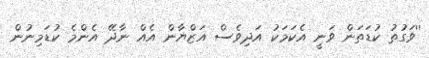
''ވަގުތު ކުޑަތަން ވަނީ އެކަމަކު އަދިވެސް އަޒްޔާން އެއް ނާދޭ އެންމެ ކުޑަމިނުން